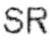
SR